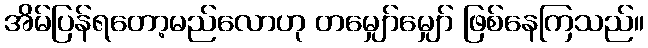
အိမ်ပြန်ရတော့မည်လောဟု တမျှော်မျှော် ဖြစ်နေကြသည်။